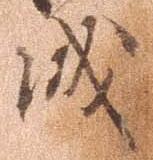
城